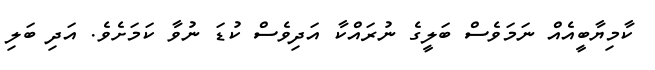
ކާމިޔާބީއެއް ނަމަވެސް ބަލީގެ ނުރައްކާ އަދިވެސް ކުޑަ ނުވާ ކަމަށެވެ. އަދި ބަލި